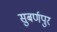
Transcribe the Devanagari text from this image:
सुबर्णपुर